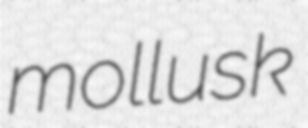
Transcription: mollusk